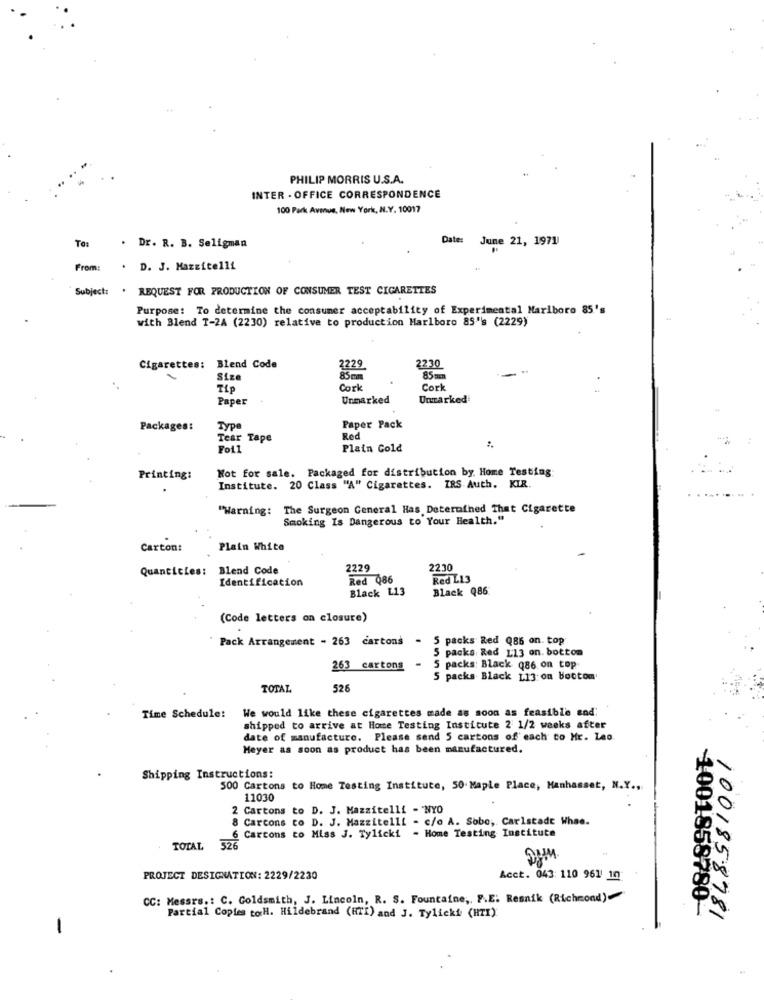
PHILIP MORRIS U.S.A.
INTER - OFFICE CORRESPONDENCE
100 Park Avenue, New York, N.Y. 10017
To:
Date: June 21, 1971
. Dr. R. B. Seligman
From:
. D. J. Mazzitelli
Subject: . REQUEST FOR PRODUCTION OF CONSUMER TEST CIGARETTES
Purpose: To determine the consumer acceptability of Experimental Marlboro 85's
with Blend T-2A (2230) relative to production Marlboro 85's (2229)
2230
Cigarettes:
Blend Code
2229
Siz
85mm
85mm
Tip
Cork
Cork
Paper
Unmarked
Unmarked
Packages:
Type
Paper Pack
Tear Tape
Red
Foil
Plain Cold
Not for sale. Packaged for distribution by. Home Testing
Printing:
Institute. 20 Class "A" Cigarettes. IRS Auth. KIR.
"Warning: The Surgeon General Has Determined That Cigarette
Smoking Is Dangerous to Your Health."
Carton:
Plain White
Quantities:
Blend Code
2229
2230
Identification
Red Q86
Red L13
Black L13
Black Q86
(Code letters on closure)
Pack Arrangement - 263 cartons -
packs Red Q86 on. top
5 packs Red 113 on. bottom
263 cartons
5 packs: Black (86 on top
5 packs Black 113:on bootom
TOTAL
526
We would like these cigarettes made as soon as feasible and
Time Schedule!
shipped to arrive at Home Testing Institute 2 1/2 weeks after
date of manufacture. Please send 5 cartons of each to Mr. Lao.
Meyer as soon as product has been manufactured.
Shipping Instructions:
500 Cartons to Home Testing Institute, 50 Maple Place, Manhasset, N.Y .,
11030
2 Cartons to D. J. Mazzitelli - NYO
8 Carcons to D. J. Mazzitelli - c/o A. Sobo, Carlstade Whae.
6 Cartons to Miss J. Tylicki - Home Testing Institute
TOTAL 326
PROJECT DESIGNATION: 2229/2230
Acct. 043: 110 961 10
CC: Messrs .: C. Goldsmith, J. Lincoln, R. S. Fountaine ,, F.E. Resnik (Richmond)
1001858780-
Partial Copies toH. Hildebrand (HTI) and J. Tylicki (HTI)
1001858781
-